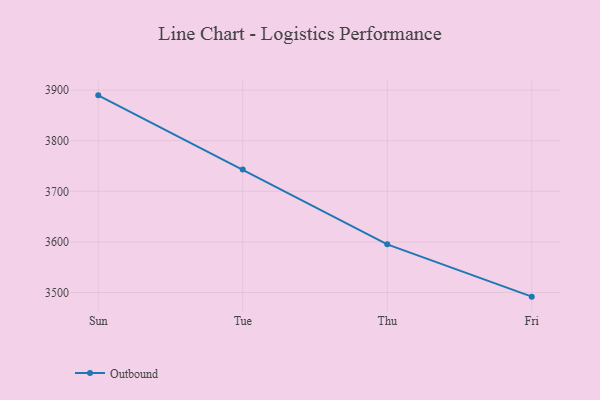
{"axis": {"x": "Day", "y": "LTV (USD)"}, "legend": ["Outbound"], "data": [{"x": "Sun", "y": 3889.7, "type": "Outbound"}, {"x": "Tue", "y": 3743.2, "type": "Outbound"}, {"x": "Thu", "y": 3595.2, "type": "Outbound"}, {"x": "Fri", "y": 3491.8, "type": "Outbound"}]}